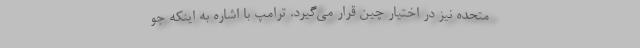
متحده نیز در اختیار چین قرار می‌گیرد. ترامپ با اشاره به اینکه جو